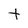
Character: t